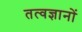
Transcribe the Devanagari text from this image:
तत्वज्ञानों